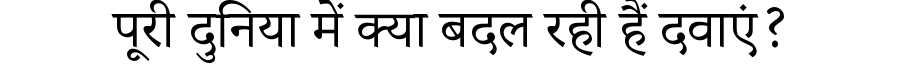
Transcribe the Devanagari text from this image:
पूरी दुनिया में क्या बदल रही हैं दवाएं?